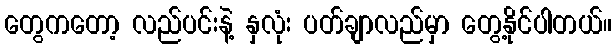
တွေကတော့ လည်ပင်းနဲ့ နှလုံး ပတ်ချာလည်မှာ တွေ့နိုင်ပါတယ်။